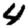
Digit: 4